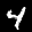
Label: 4